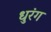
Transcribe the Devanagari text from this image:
धुरंग